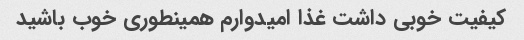
کیفیت خوبی داشت غذا امیدوارم همینطوری خوب باشید